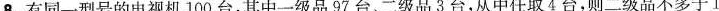
8.有同一型号的电视机100台，其中一级品97台、二级品3台，从中任取4台，则二级品不多于1